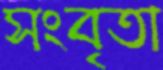
সংবৃতা